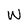
Character: w